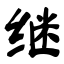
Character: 继